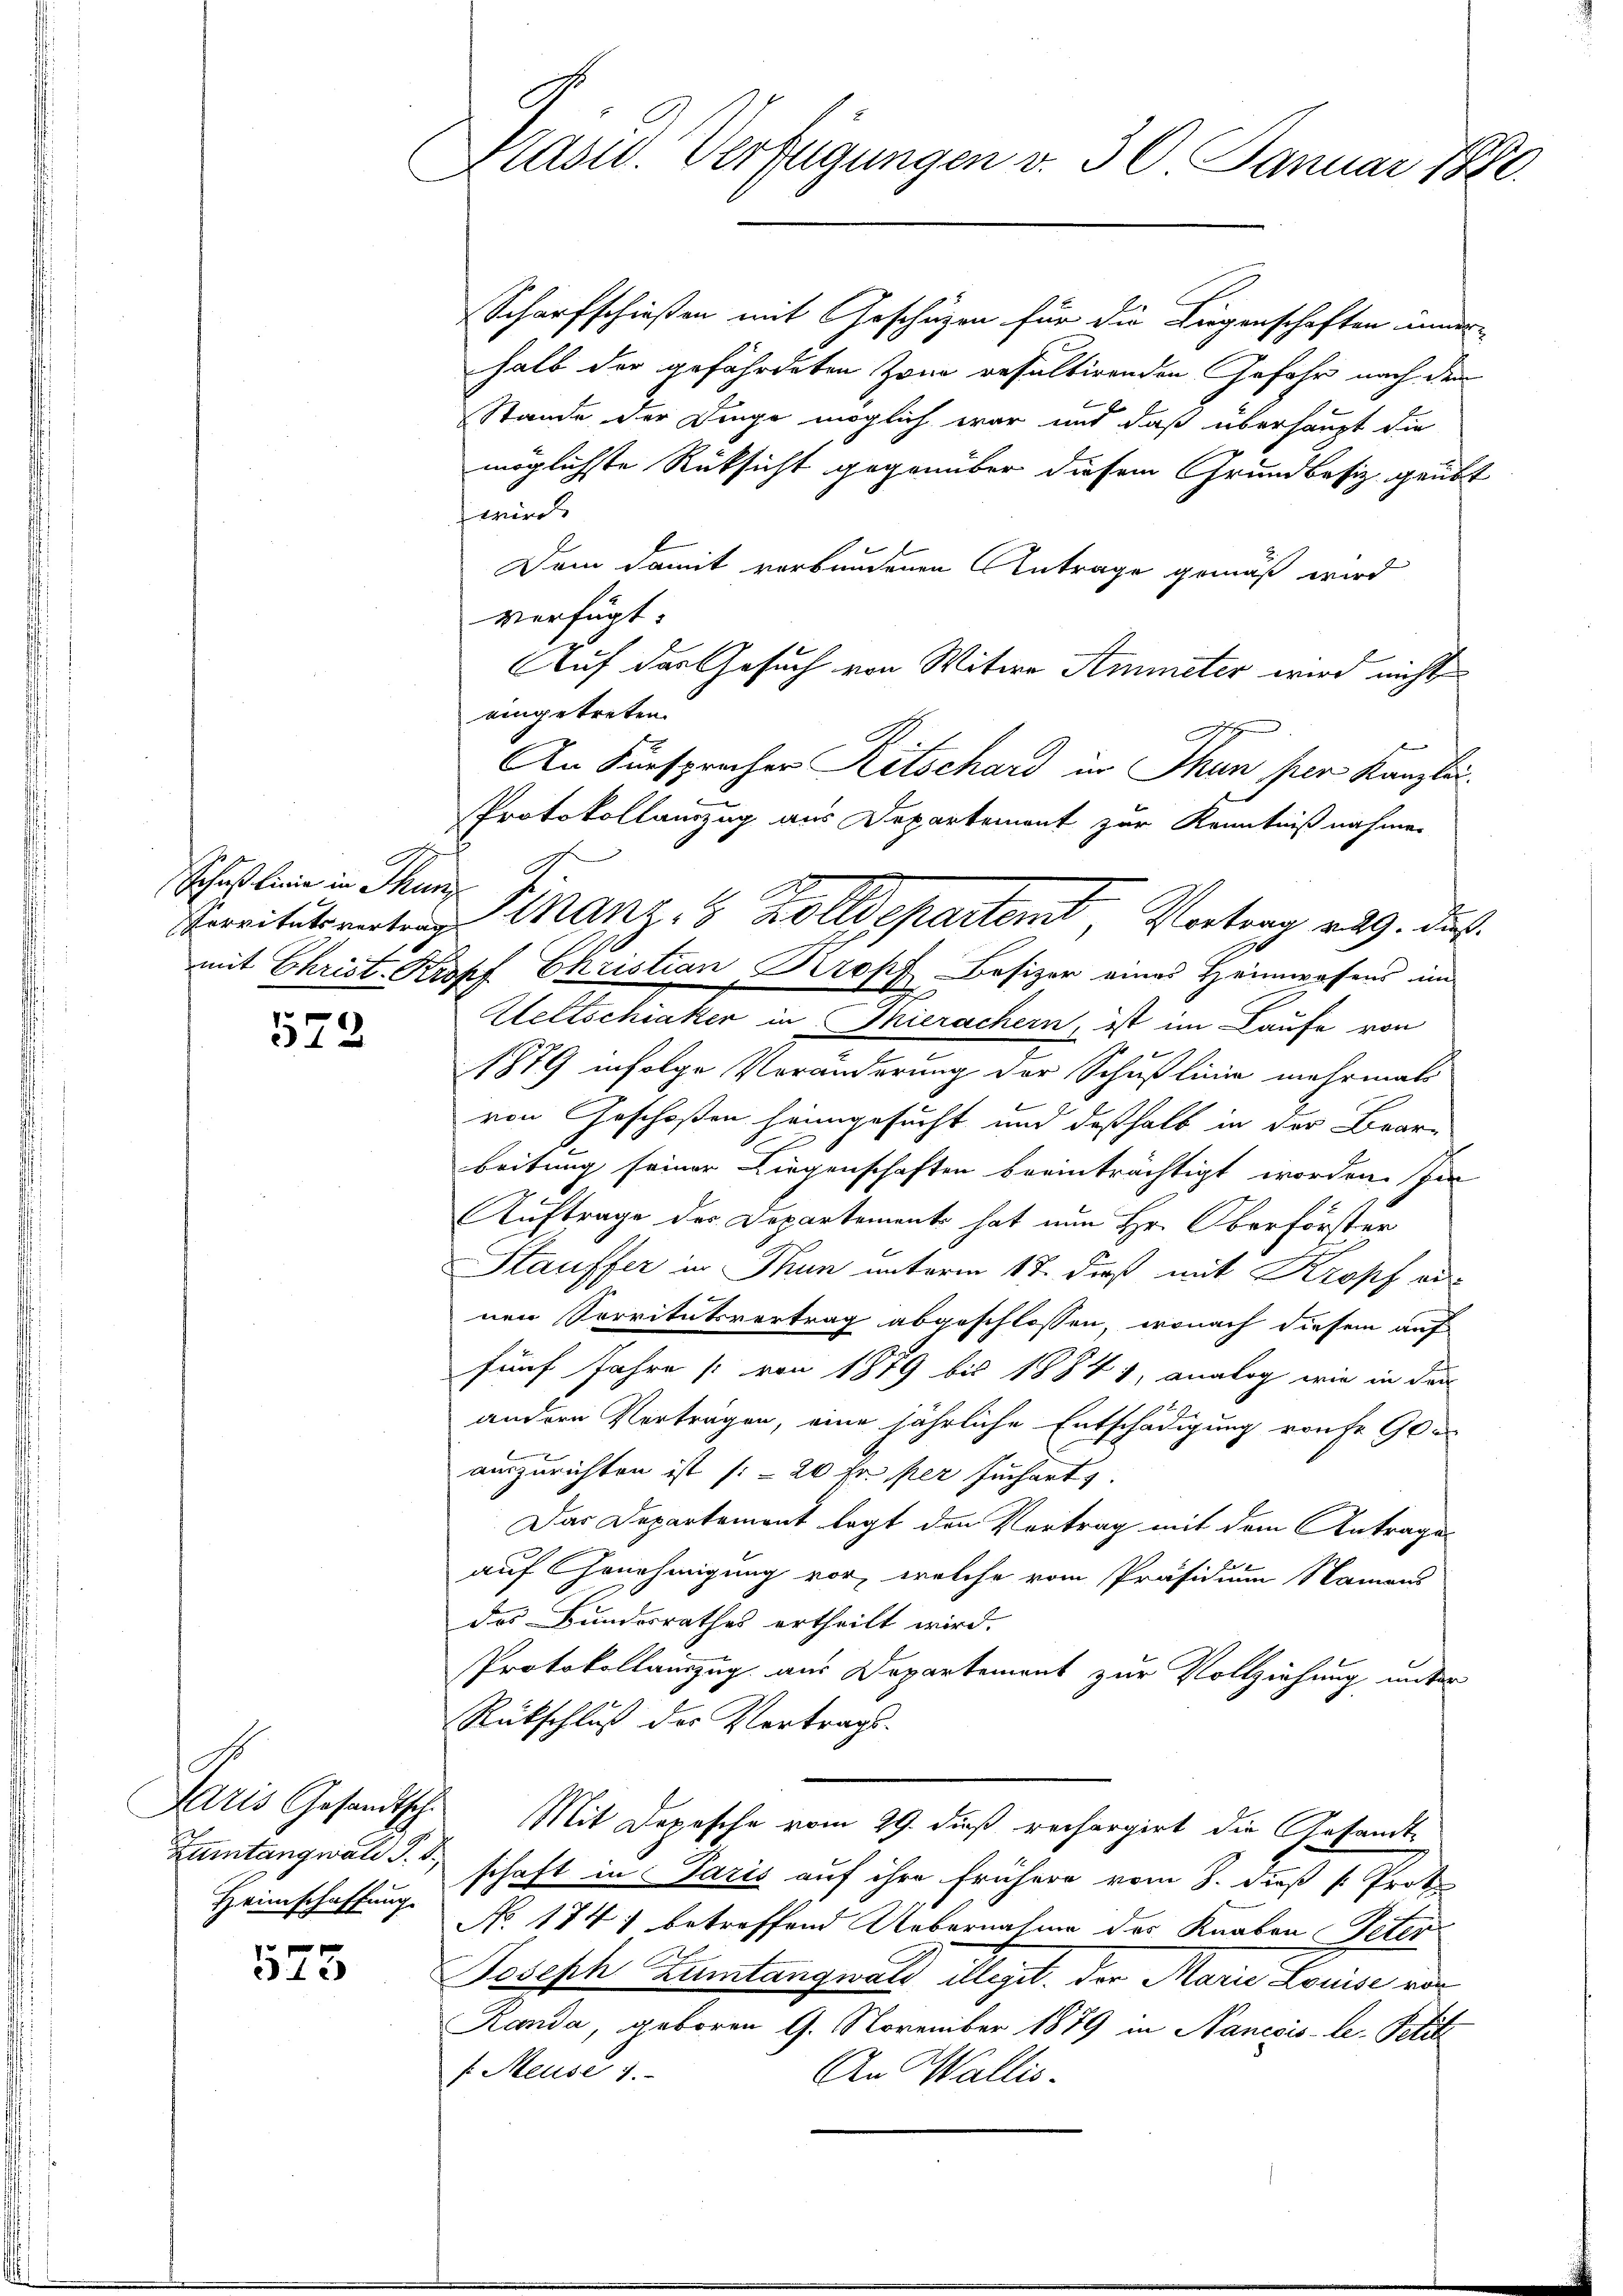
Schoß linie in Thun

572

Züntängwald d. d.
Heimschaffung.

575

Präsid. Verfügungen v. 30. Januar 1890.

Scharfschießen mit Geschäzen für die Liegenschaften inner-
halb der gefährdeten Zone resultirenden Gefahr nach dem
Stande der Dinge möglich war und daß überhaupt die
möglichste Rücksicht gegenüber diesem Grundbesiz geübt
fmit
Dem damit verbundenen Antrage gemäß wird
verfügt:
Auf das Gesuch von Witwe Ammeter wird nicht
eingetreten.
A
An Fürsprocher Ritschard in Thun ser Kanzlei
Protokollauszug aus Departement zur Kenntnißnahmen
mit Christ-Kropf Christian Kropf Besizer eines Heimwesens im
Keltschiaker in Thierachern, ist im Laufe von
1879 infolge Veränderung der Schußlinie mehrmals
von Geschoßen heimgesucht und deßhalb in der Bear-
beitung seiner Liegenschaften beeinträchtigt worden. Im
Auftrage der Departement hat nun Hr. Oberförster
Stauffer in Thun unterm 17. dieß mit Kropf aus
nen Servitutsvertrag abgeschlossen, wonach diesem auf
fünf Jahre [von 1879 bis 1884 1, analog wie in der
andern Verträgen, eine jährliche Entschädigung rauf 90
e
auszurichten ist (20 fr. per Jucharts
Das Departement legt den Vortrag mit dem Antrage-
auf Genehmigung vor, welche vom Präsidium Namens
des Bundesrathes ertheilt wird.
Protokollauszug aus Departement zur Vollziehung unter
Rückschluß der Vertrags-
Paris Gesandtsch. Mit Depesche vom 29. dieß rechargirt die Gesandtschaft in Paris auf ihre frühere vom 8. dieß (: Prot
No 174) betreffend Uebernahme des Knaben Peter
Joseph Zumtangwald illegit. der Marie Louise vor
Randa, geboren 9. November 1879 in Nanesis-le. Petit
f Meuse 1.
An Wallis.

Seitetenten Finanz, 5 Zolldepartemt, Vortrag v. 9. die